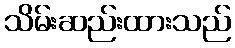
သိမ်းဆည်းထားသည်